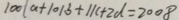
1 0 0 1 a + 1 0 1 b + 1 1 c + 2 d = 2 0 0 8